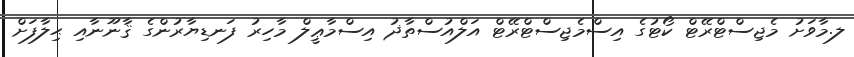
ލ.މާވަށު މެޖިސްޓްރޭޓް ކޯޓުގެ އިސްމެޖިސްޓްރޭޓް އަލްއުސްތާޛު އިސްމާޢީލް މާހިރު ފަނޑިޔާރުންގެ ޤާނޫނާއި ޙިލާފަށް